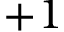
+ 1